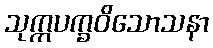
သုက္ကပက္ခဝိသောသနာ